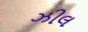
ઝીલ